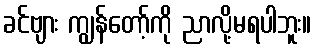
ခင်ဗျား ကျွန်တော့်ကို ညာလို့မရပါဘူး။